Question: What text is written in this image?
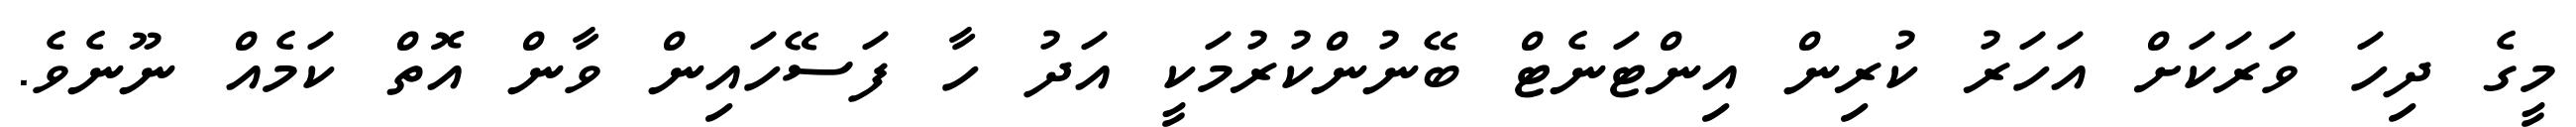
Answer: މީގެ ދިހަ ވަރަކަށް އަހަރު ކުރިން އިންޓަނެޓް ބޭނުންކުރުމަކީ އަދު ހާ ފަސޭހައިން ވާން އޮތް ކަމެއް ނޫނެވެ.